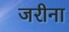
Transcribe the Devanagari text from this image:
जरीना